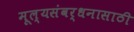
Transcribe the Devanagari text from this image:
मूल्यसंवर्धनासाठी